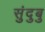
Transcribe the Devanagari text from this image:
सुंदुबु